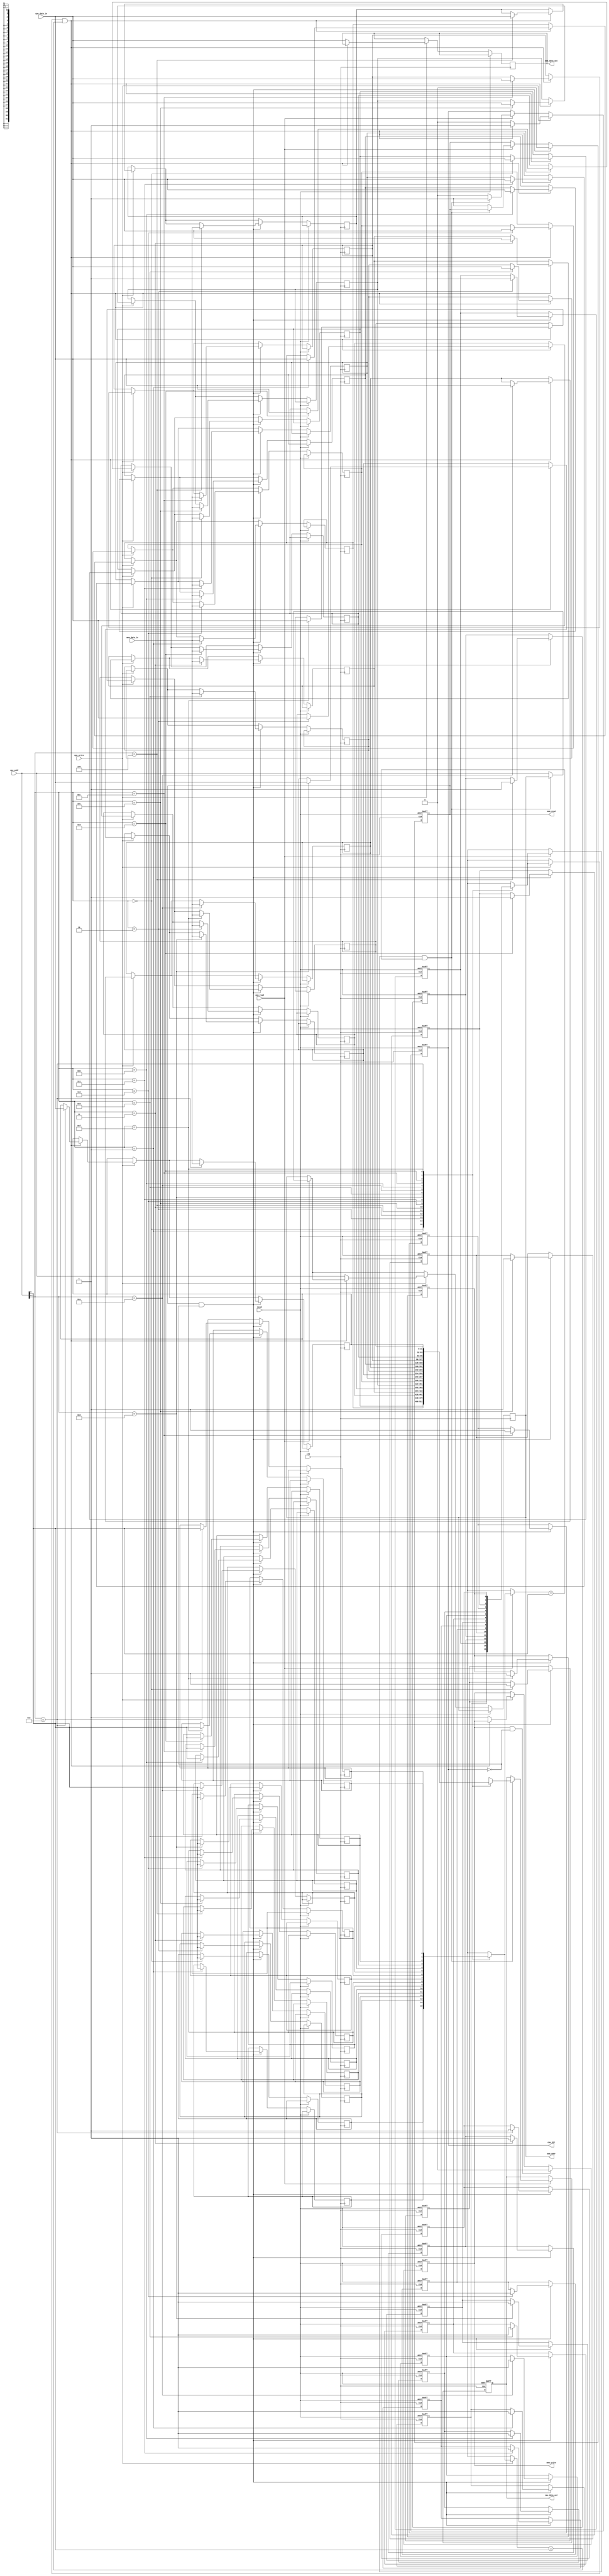
module L1_Cache #(
    parameter CACHE_SIZE = 16, // Number of cache lines
    parameter LINE_SIZE = 32,   // Bytes per cache line
    parameter ADDR_WIDTH = 10,  // Address width
    parameter TAG_WIDTH = ADDR_WIDTH - $clog2(CACHE_SIZE) - $clog2(LINE_SIZE) // Tag width
)(
    input wire clk,
    input wire reset,
    
    // CPU Interface
    input wire [ADDR_WIDTH-1:0] cpu_addr,
    input wire [LINE_SIZE-1:0] cpu_data_in,
    input wire cpu_read,
    input wire cpu_write,
    output reg [LINE_SIZE-1:0] cpu_data_out,
    output reg cpu_hit,
    
    // Memory Interface
    output reg [ADDR_WIDTH-1:0] mem_addr,
    output reg [LINE_SIZE-1:0] mem_data_out,
    output reg mem_read,
    output reg mem_write,
    input wire [LINE_SIZE-1:0] mem_data_in
);

    // Cache line structure
    reg [TAG_WIDTH-1:0] tag_array [0:CACHE_SIZE-1];
    reg [LINE_SIZE-1:0] data_array [0:CACHE_SIZE-1];
    reg valid_bits [0:CACHE_SIZE-1];
    reg dirty_bits [0:CACHE_SIZE-1];

    // Cache controller
    integer i;
    wire [ADDR_WIDTH-1:0] index = cpu_addr[$clog2(LINE_SIZE)-1:0];
    wire [TAG_WIDTH-1:0] tag = cpu_addr[ADDR_WIDTH-1:ADDR_WIDTH-TAG_WIDTH];

    always @(posedge clk or posedge reset) begin
        if (reset) begin
            // Initialize cache
            for (i = 0; i < CACHE_SIZE; i = i + 1) begin
                valid_bits[i] <= 1'b0;
                dirty_bits[i] <= 1'b0;
            end
            cpu_data_out <= 0;
            cpu_hit <= 1'b0;
            mem_read <= 1'b0;
            mem_write <= 1'b0;
        end else begin
            // Read operation
            if (cpu_read) begin
                if (valid_bits[index] && (tag_array[index] == tag)) begin
                    // Cache hit
                    cpu_data_out <= data_array[index];
                    cpu_hit <= 1'b1;
                end else begin
                    // Cache miss
                    cpu_hit <= 1'b0;
                    mem_addr <= cpu_addr;
                    mem_read <= 1'b1;
                end
            end
            
            // Write operation
            if (cpu_write) begin
                if (valid_bits[index] && (tag_array[index] == tag)) begin
                    // Cache hit
                    data_array[index] <= cpu_data_in;
                    dirty_bits[index] <= 1'b1; // Set dirty bit
                    cpu_hit <= 1'b1;
                end else begin
                    // Cache miss
                    cpu_hit <= 1'b0;
                    mem_addr <= cpu_addr;
                    mem_data_out <= cpu_data_in;
                    mem_write <= 1'b1;
                end
            end
            
            // Memory read response
            if (mem_read && !cpu_hit) begin
                data_array[index] <= mem_data_in;
                tag_array[index] <= tag;
                valid_bits[index] <= 1'b1;
                mem_read <= 1'b0; // Clear memory read signal
            end
            
            // Memory write response
            if (mem_write && !cpu_hit) begin
                // Handle write-back if necessary
                // For simplicity, we assume write-through policy here
                mem_write <= 1'b0; // Clear memory write signal
            end
        end
    end
endmodule